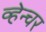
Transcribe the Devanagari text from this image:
व्हेन्चर